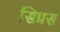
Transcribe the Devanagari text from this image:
सिप्रस